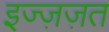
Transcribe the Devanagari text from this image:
इज्ज़ज़त